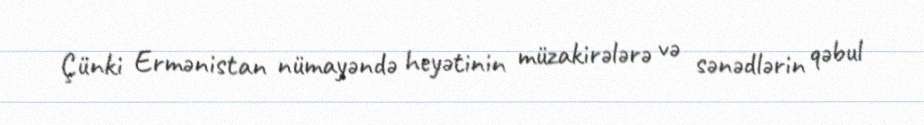
Çünki Ermənistan nümayəndə heyətinin müzakirələrə və sənədlərin qəbul